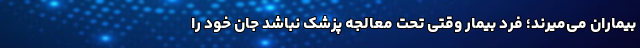
بیماران می‌میرند؛ فرد بیمار وقتی تحت معالجه پزشک نباشد جان خود را